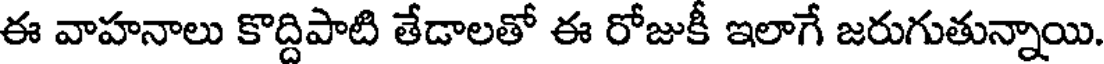
ఈ వాహనాలు కొద్దిపాటి తేడాలతో ఈ రోజుకీ ఇలాగే జరుగుతున్నాయి.